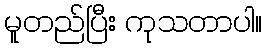
မူတည်ပြီး ကုသတာပါ။